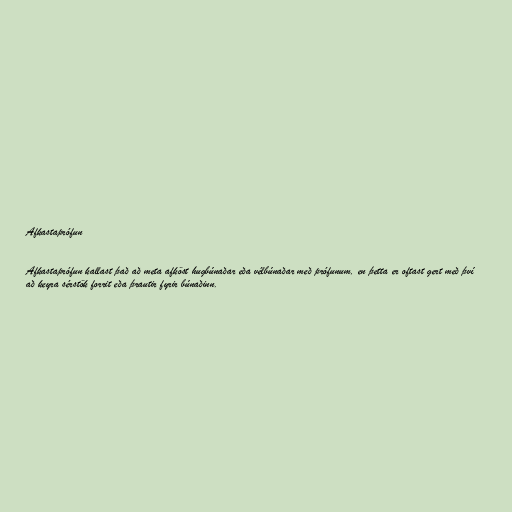
Afkastaprófun

Afkastaprófun kallast það að meta afköst hugbúnaðar eða vélbúnaðar með prófunum, en þetta er oftast gert með því
að keyra sérstök forrit eða þrautir fyrir búnaðinn.